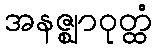
အနဇ္ဈာဝုတ္ထံ